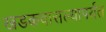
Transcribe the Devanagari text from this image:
खडकवासल्यापर्यंत